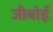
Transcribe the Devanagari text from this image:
जीबोई